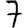
Digit: 7